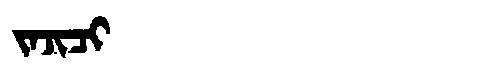
Manchu: ᠵᠠᠵᡳᠴᡳ
Romanization: JAJICI